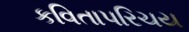
કવિતાપરિચય